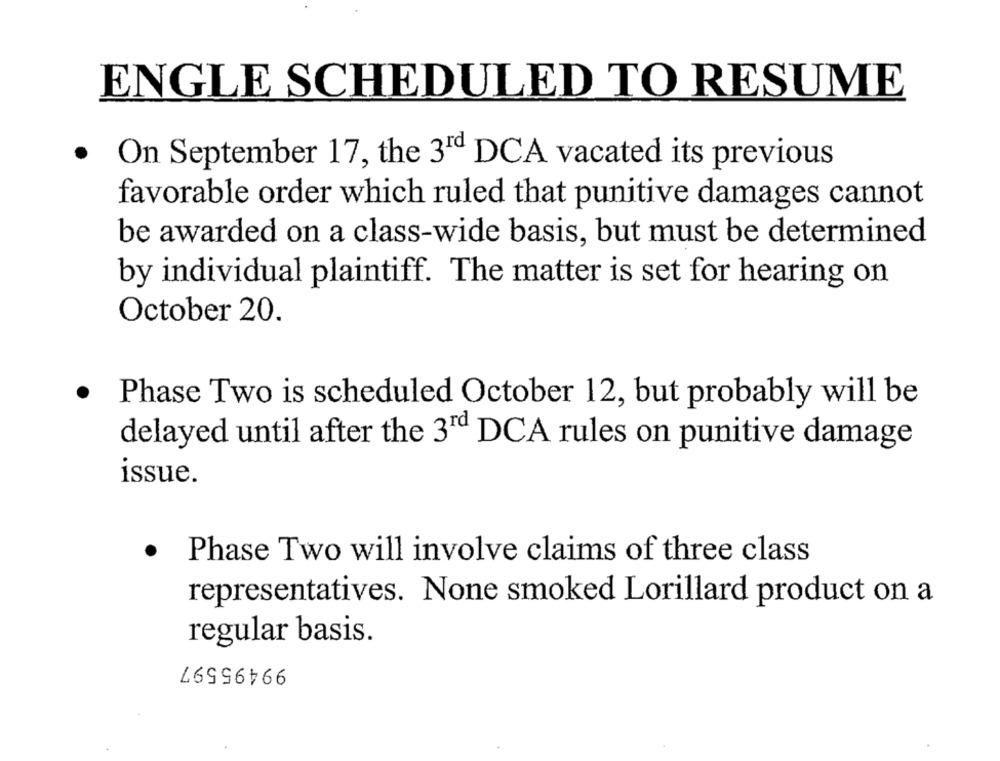
ENGLE SCHEDULED TO RESUME
· On September 17, the 3rd DCA vacated its previous
favorable order which ruled that punitive damages cannot
be awarded on a class-wide basis, but must be determined
by individual plaintiff. The matter is set for hearing on
October 20.
·
Phase Two is scheduled October 12, but probably will be
delayed until after the 3rd DCA rules on punitive damage
issue.
·
Phase Two will involve claims of three class
representatives. None smoked Lorillard product on a
regular basis.
99495597